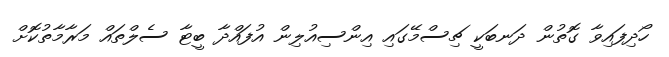
ހޯދިފައިވާ ގޮތުން ދަނބަކީ ޗިސްމޭގައި އިންސިއުލިން އުފައްދާ ބީޓާ ސެލްތައް މަރާމާތުކޮށް